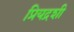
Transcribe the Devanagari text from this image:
प्रियद्रशी